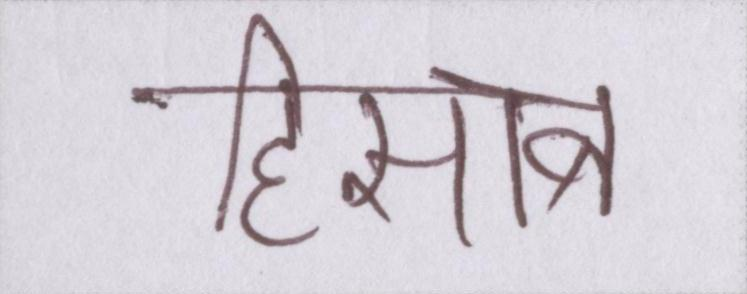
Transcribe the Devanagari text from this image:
हिसाब